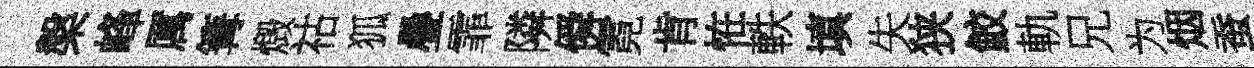
槃峰厲篝燬祜狐疊霏隣僢霓肯恠軼填失狭鮫軌兄为烟蚕